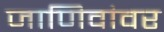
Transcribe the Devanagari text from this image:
जाणिवांवर